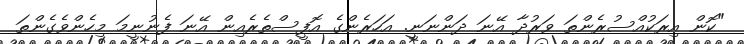
"ކޮން އިރަކުއްސުރެންތަ ވަރުދާ އޭނަ ދަންނަނީ. އަހަރެންގެ އޮފީސްތެރެއިން އޭނަ ފެނުނީމަ މިހެންވެގެންތަ